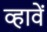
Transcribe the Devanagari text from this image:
व्हावें